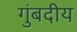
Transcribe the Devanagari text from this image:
गुंबदीय